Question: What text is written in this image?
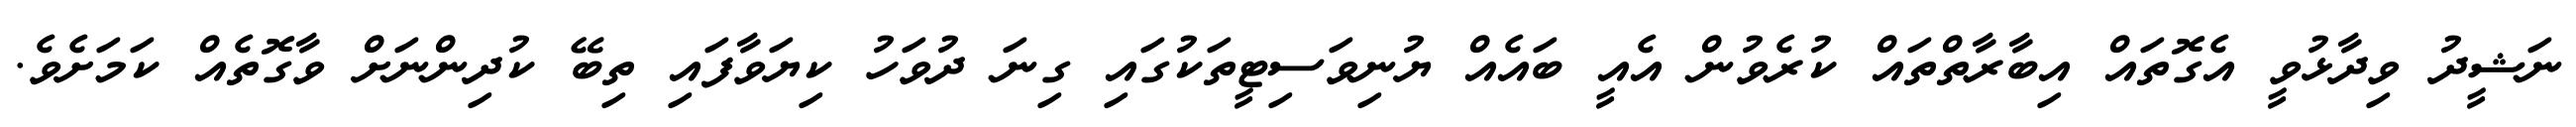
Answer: ނަޝީދު ވިދާޅުވީ އެގޮތައް އިބާރާތްތައް ކުރެވުން އެއީ ބައެއް ޔުނިވަސިޓީތަކުގައި ގިނަ ދުވަހު ކިޔަވާފައި ތިބޭ ކުދިންނަށް ވާގޮތެއް ކަމަށެވެ.